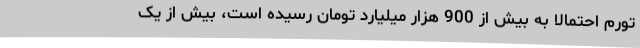
تورم احتمالا به بیش از 900 هزار میلیارد تومان رسیده است، بیش از یک